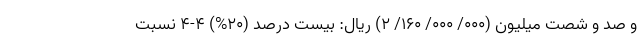
و صد و شصت میلیون (۰۰۰/ ۰۰۰/ ۱۶۰/ ۲) ریال: بیست درصد (۲۰%) ۴-۴ نسبت